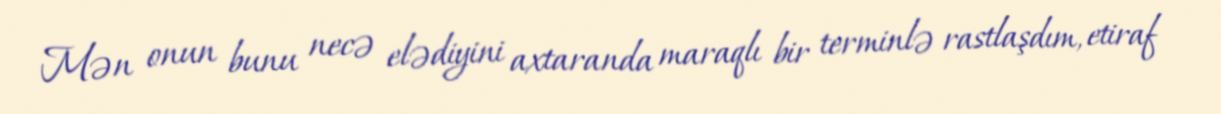
Mən onun bunu necə elədiyini axtaranda maraqlı bir terminlə rastlaşdım, etiraf